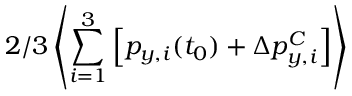
2 / 3 \left\langle \sum _ { i = 1 } ^ { 3 } \left[ p _ { y , i } ( t _ { 0 } ) + \Delta p _ { y , i } ^ { C } \right] \right\rangle